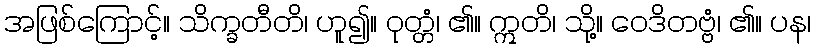
အဖြစ်ကြောင့်။ သိက္ခတီတိ၊ ဟူ၍။ ဝုတ္တံ၊ ၏။ ဣတိ၊ သို့။ ဝေဒိတဗ္ဗံ၊ ၏။ ပန၊